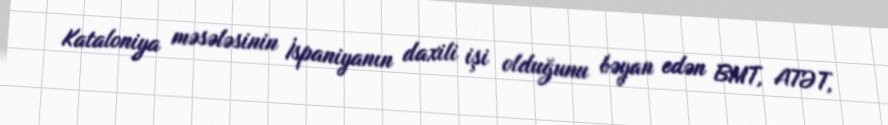
Kataloniya məsələsinin İspaniyanın daxili işi olduğunu bəyan edən BMT, ATƏT,